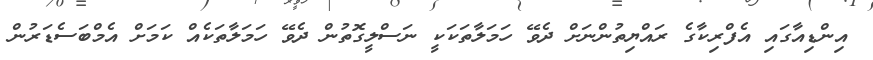
އިންޑިއާގައި އެފްރިކާގެ ރައްޔިތުންނަށް ދެވޭ ހަމަލާތަކަކީ ނަސްލީގޮތުން ދެވޭ ހަމަލާތަކެއް ކަމަށް އެމްބަސެޑަރުން